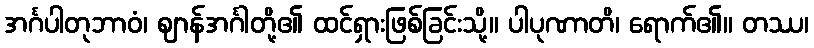
အင်္ဂပါတုဘာဝံ၊ ဈာန်အင်္ဂါတို့၏ ထင်ရှားဖြစ်ခြင်းသို့။ ပါပုဏာတိ၊ ရောက်၏။ တဿ၊